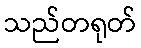
သည်တရုတ်